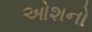
ઓશનો